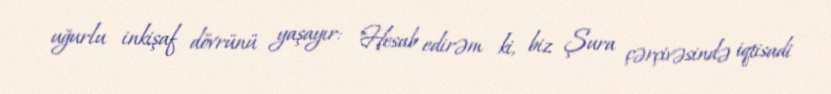
uğurlu inkişaf dövrünü yaşayır: "Hesab edirəm ki, biz Şura çərçivəsində iqtisadi